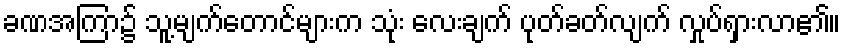
ခဏအကြာ၌ သူ့မျက်တောင်များက သုံး လေးချက် ပုတ်ခတ်လျက် လှုပ်ရှားလာ၏။